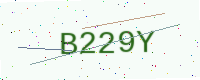
Text: B229Y